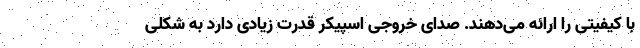
با کیفیتی را ارائه می‌دهند. صدای خروجی اسپیکر قدرت زیادی دارد به شکلی